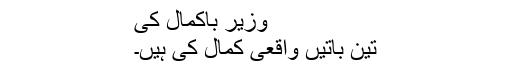
وزیرِ باکمال کی
تین باتیں واقعی کمال کی ہیں۔